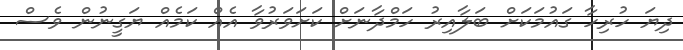
ދިޔަ ހުރިހާ ގައުމަކަށް ބަލާއިރު ހަމްދާނަށް ކަށަވަރުވާ އެއް ކަމެއް ޔަގީނުން ވެސް